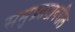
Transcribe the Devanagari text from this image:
समुद्रतटावरील